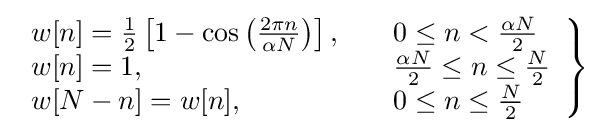
\left.{\begin{array}{lll}w[n]={\frac {1}{2}}\left[1-\cos \left({\frac {2\pi n}{\alpha N}}\right)\right],\quad &0\leq n<{\frac {\alpha N}{2}}\\w[n]=1,\quad &{\frac {\alpha N}{2}}\leq n\leq {\frac {N}{2}}\\w[N-n]=w[n],\quad &0\leq n\leq {\frac {N}{2}}\end{array}}\right\}